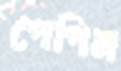
পেপিন